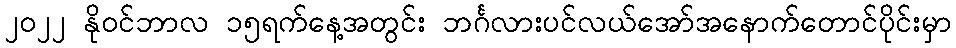
၂၀၂၂ နိုဝင်ဘာလ ၁၅ရက်နေ့အတွင်း ဘင်္ဂလားပင်လယ်အော်အနောက်တောင်ပိုင်းမှာ